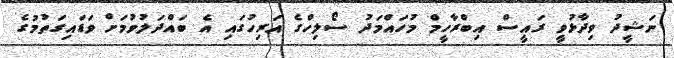
ނަޝީދު ވިދާޅުވީ ރައީސް އިބްރާހީމް މުހައްމަދު ސޯލިހްގެ އަރިހުގައި އެ ބައްދަލުވުމަށް ވަޑައިގަތުމުގެ